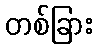
တစ်ခြား